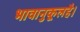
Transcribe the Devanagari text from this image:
भावानुकूलहै।